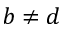
b \neq d